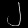
Digit: ၂